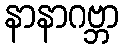
နာနာဂဗ္ဘာ